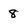
Character: 8